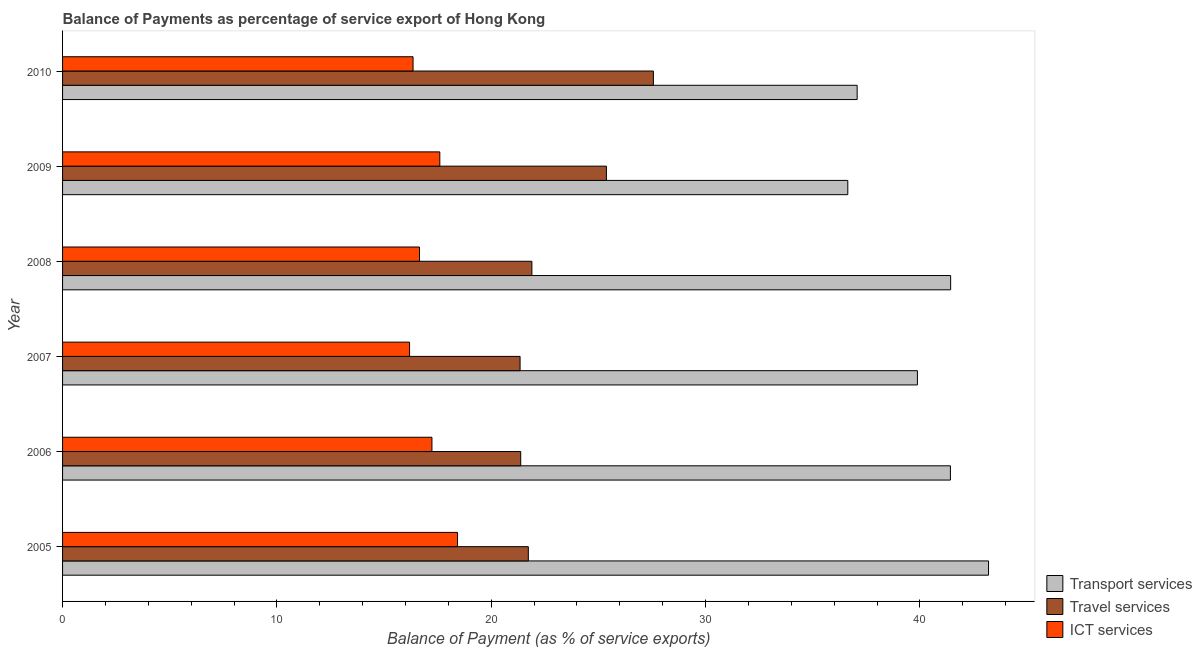
| Year | Transport services | Travel services | ICT services |
 | --- | --- | --- | --- |
 | 2005 | 43.2 | 21.7 | 18.4 |
 | 2006 | 41.4 | 21.4 | 17.2 |
 | 2007 | 39.9 | 21.3 | 16.2 |
 | 2008 | 41.4 | 21.9 | 16.7 |
 | 2009 | 36.6 | 25.4 | 17.6 |
 | 2010 | 37.1 | 27.6 | 16.4 |